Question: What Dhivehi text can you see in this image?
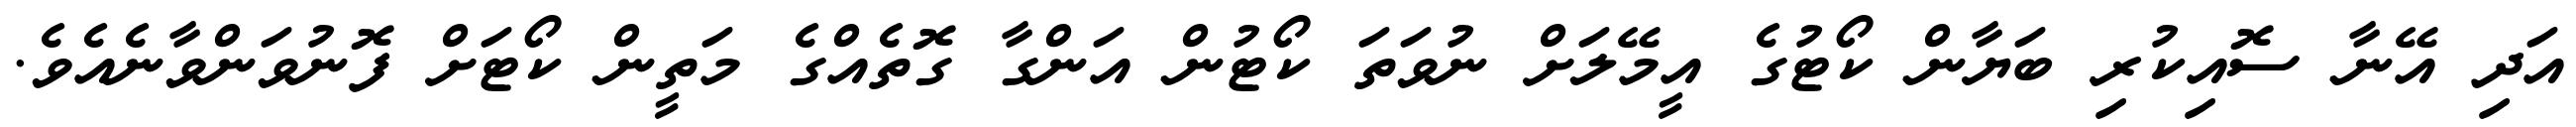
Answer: އަދި އޭނާ ސޮއިކުރި ބަޔާން ކޯޓުގެ އީމޭލަށް ނުވަތަ ކޯޓުން އަންގާ ގޮތެއްގެ މަތީން ކޯޓަށް ފޮނުވަންވާނެއެވެ.